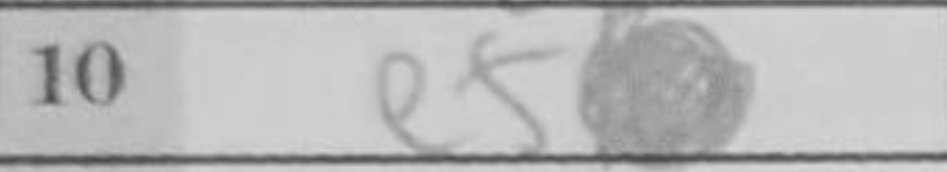
Transcription: e5